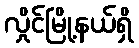
လှိုင်မြို့နယ်ရှိ